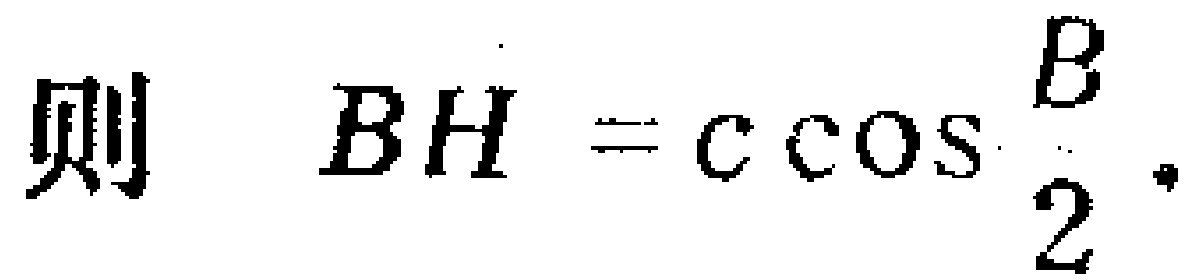
则 \(BH = c\cos\frac{B}{2}\)。